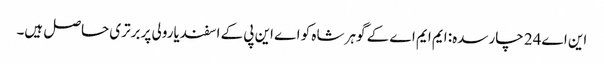
این اے24 چارسدہ: ایم ایم اے کے گوہر شاہ کو اے این پی کے اسفندیارولی پر برتری حاصل ہیں۔